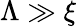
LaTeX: \Lambda\gg\xi